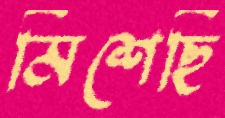
মিশেছি